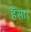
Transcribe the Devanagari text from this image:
हँसा।